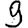
Digit: 9